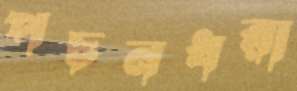
পচনধরা